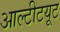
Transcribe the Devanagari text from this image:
आल्टीटयूट